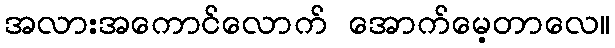
အလားအကောင်လောက် အောက်မေ့တာလေ။